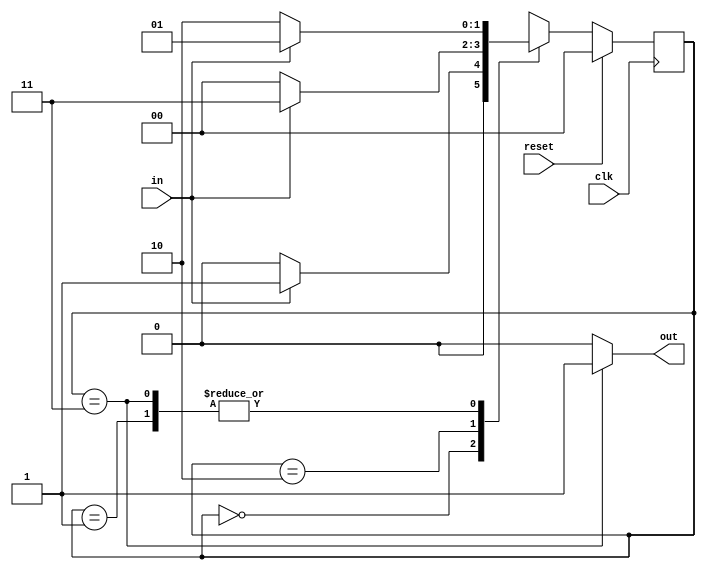
module top_module(
    input clk,
    input in,
    input reset,
    output out
);
    parameter A=0,B=1,C=2,D=3;
    reg [1:0] state,next_state;

    always begin
        case (state)
            A : if (in) begin
                    next_state = B;
                end
                else begin
                    next_state = A;
                end
            B : if (in) begin
                    next_state = B;
                end
                else begin
                    next_state = C;
                end
            C : if (in) begin
                    next_state = D;
                end
                else begin
                    next_state = A;
                end    
            D : if (in) begin
                    next_state = B;
                end
                else begin
                    next_state = C;
                end   
            endcase
    end

    always @(posedge clk) begin
        if(reset) begin
            state <= A;
        end
        else begin
            state <= next_state;
        end
    end

    always begin
        if (state == D) begin
            out = 1'b1;
        end
        else begin
            out = 1'b0;
        end
    end

endmodule